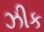
ઝીક